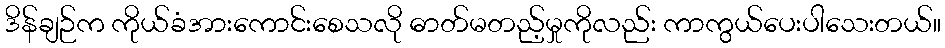
ဒိန်ချဉ်က ကိုယ်ခံအားကောင်းစေသလို ဓာတ်မတည့်မှုကိုလည်း ကာကွယ်ပေးပါသေးတယ်။